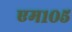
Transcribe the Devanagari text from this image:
एम१०५